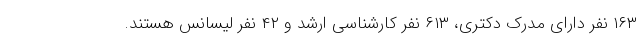
۱۶۳ نفر دارای مدرک دکتری، ۶۱۳ نفر کارشناسی ارشد و ۴۲ نفر لیسانس هستند.